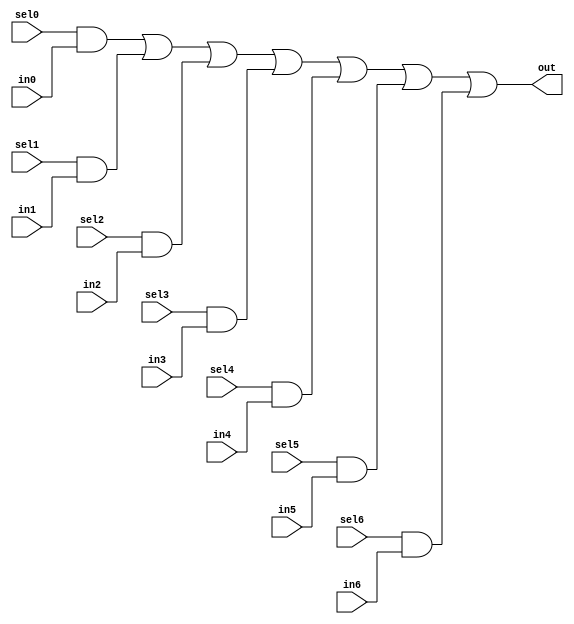
module oh_mux7 #(parameter DW = 1 ) // width of mux
   (
    input 	    sel6,
    input 	    sel5,
    input 	    sel4,
    input 	    sel3,
    input 	    sel2,
    input 	    sel1,
    input 	    sel0,
    input [DW-1:0]  in6,
    input [DW-1:0]  in5,
    input [DW-1:0]  in4,
    input [DW-1:0]  in3,
    input [DW-1:0]  in2,
    input [DW-1:0]  in1,
    input [DW-1:0]  in0, 
    output [DW-1:0] out  //selected data output
    );
  
   assign out[DW-1:0] = ({(DW){sel0}} & in0[DW-1:0] |
			 {(DW){sel1}} & in1[DW-1:0] |
			 {(DW){sel2}} & in2[DW-1:0] |
			 {(DW){sel3}} & in3[DW-1:0] |
			 {(DW){sel4}} & in4[DW-1:0] |
			 {(DW){sel5}} & in5[DW-1:0] |
			 {(DW){sel6}} & in6[DW-1:0]);
   
   
endmodule